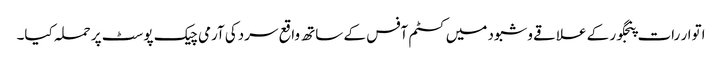
اتوار رات پنجگور کے علاقے وشبود میں کسٹم آفس کے ساتھ واقع سردکی آرمی چیک پوسٹ پر حملہ کیا۔